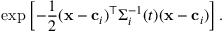
\exp \left[ - \frac 1 2 ( \mathbf x - \mathbf c _ { i } ) ^ { \top } \Sigma _ { i } ^ { - 1 } ( t ) ( \mathbf x - \mathbf c _ { i } ) \right] .